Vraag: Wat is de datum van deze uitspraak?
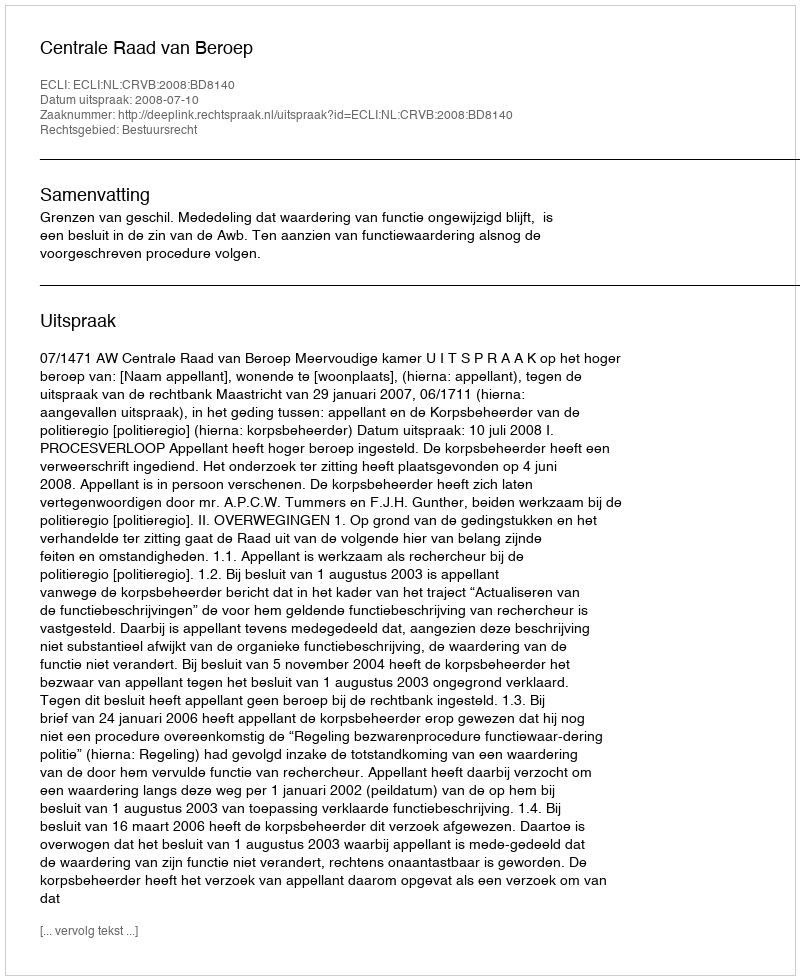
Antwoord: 2008-07-10